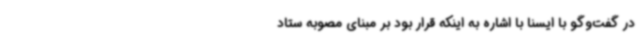
در گفت‌وگو با ایسنا با اشاره به اینکه قرار بود بر مبنای مصوبه ستاد